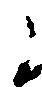
候